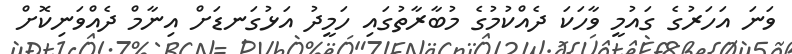
ވަނަ އަހަރުގެ ގައުމީ ވާހަކަ ދެއްކުމުގެ މުބާރާތުގައި ހަމީދު އަޅުގަނޑަށް އިނާމް ދެއްވަނިކޮށް